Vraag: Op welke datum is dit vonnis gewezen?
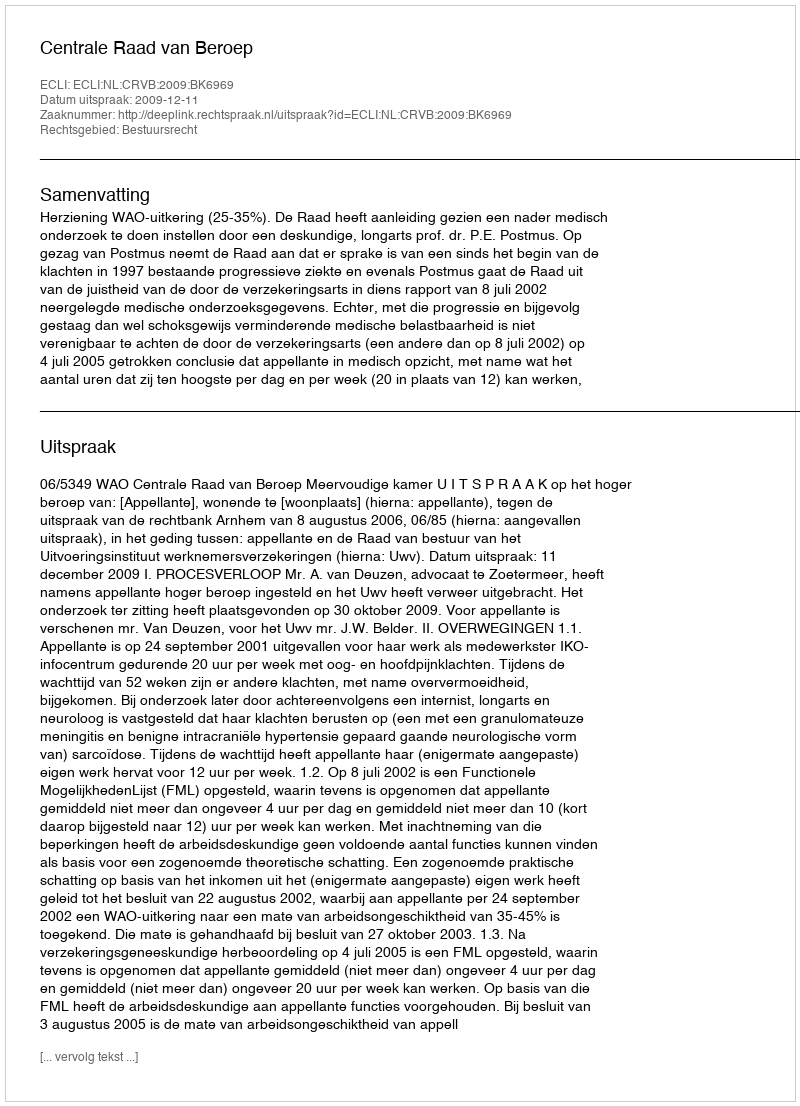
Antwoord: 2009-12-11